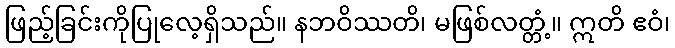
ဖြည့်ခြင်းကိုပြုလေ့ရှိသည်။ နဘဝိဿတိ၊ မဖြစ်လတ္တံ့။ ဣတိ ဧဝံ၊